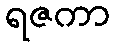
ရဇကာ